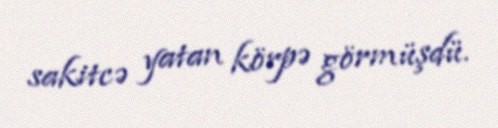
sakitcə yatan körpə görmüşdü.